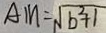
A M = \sqrt { b ^ { 2 } + 1 }